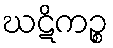
ဃဋိကဉ္စ